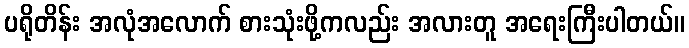
ပရိုတိန်း အလုံအလောက် စားသုံးဖို့ကလည်း အလားတူ အရေးကြီးပါတယ်။